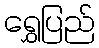
ရွှေပြည်